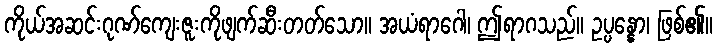
ကိုယ်အဆင်းဂုဏ်ကျေးဇူးကိုဖျက်ဆီးတတ်သော။ အယံရာဂေါ၊ ဤရာဂသည်။ ဥပ္ပန္နော၊ ဖြစ်၏။